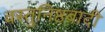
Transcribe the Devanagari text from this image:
वस्तुनिष्ठवादी